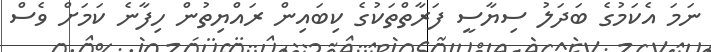
ނަމަ އެކަމުގެ ބަދަލު ސިޔާސީ ފަރާތްތަކުގެ ކިބައިން ރައްޔިތުން ހިފާނެ ކަމަށް ވެސް